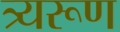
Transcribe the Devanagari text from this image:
त्र्यरूण